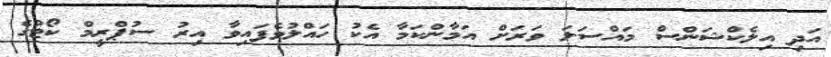
އަދި އިލެކްޝަންސް މައްސަލަ ވަރަށް އަމާންކަމާ އެކު ހައްލުވެފައިވާ އިރު ސުޕްރީމް ކޯޓުގެ